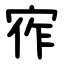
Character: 宱